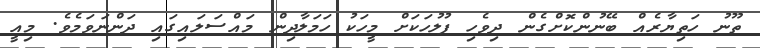
ތޫނު ހަތިޔާރެއް ބޭނުންކޮށްގެން ދިވެހި ފުލުހަކަށް މީހަކު ހަމަލާދިން މައްސަލައިގައި ދަންނަވަމެވެ. މިއީ